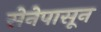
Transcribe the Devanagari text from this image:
सेनेपासून